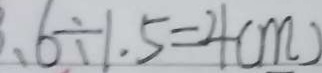
、 6 \div 1 . 5 = 4 ( m )